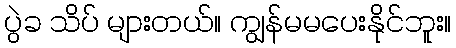
ပွဲခ သိပ် များတယ်။ ကျွန်မမပေးနိုင်ဘူး။